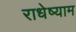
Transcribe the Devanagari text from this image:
राधेष्याम